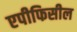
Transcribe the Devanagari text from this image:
एपीफिसील